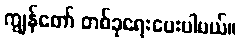
ကျွန်တော် တစ်ခုရေးပေးပါမယ်။